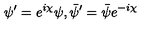
\psi ^ { \prime } = e ^ { i \chi } \psi , \bar { \psi } ^ { \prime } = \bar { \psi } e ^ { - i \chi }